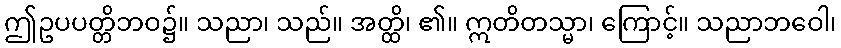
ဤဥပပတ္တိဘဝ၌။ သညာ၊ သည်။ အတ္ထိ၊ ၏။ ဣတိတသ္မာ၊ ကြောင့်။ သညာဘဝေါ၊